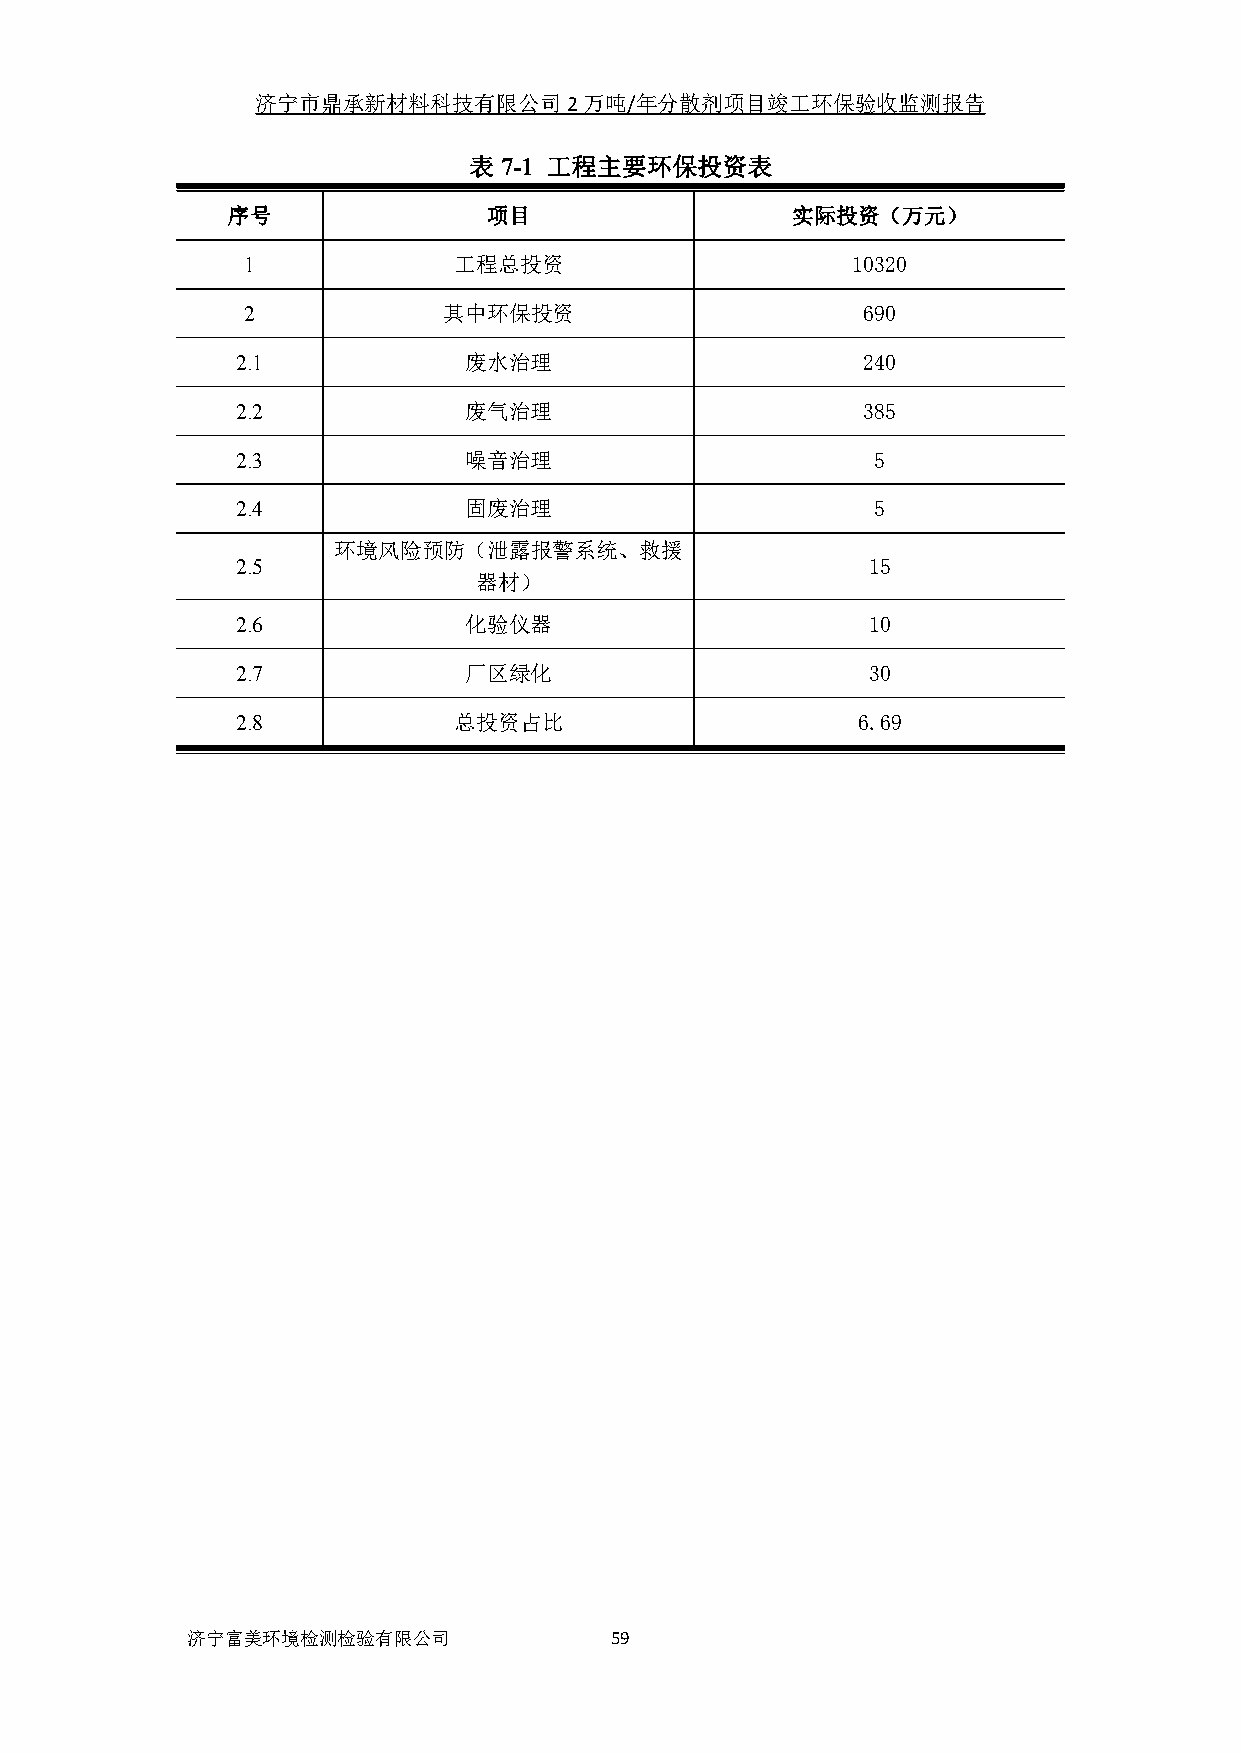
济宁市鼎承新材料科技有限公司2万吨/年分散剂项目竣工环保验收监测报告
 表7-1 工程主要环保投资表
 序号               项目                  实际投资（万元）
 1             工程总投资                     10320
 2            其中环保投资                      690
 2.1            废水治理                      240
 2.2            废气治理                      385
 2.3            噪音治理                       5
 2.4            固废治理                       5
 环境风险预防（泄露报警系统、救援
 2.5                                      15
 器材）
 2.6            化验仪器                      10
 2.7            厂区绿化                      30
 2.8           总投资占比                      6.69
 济宁富美环境检测检验有限公司              59